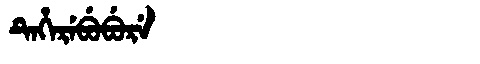
Manchu: ᡨᡝᡥᡝᡵᡝᠪᡠᠪᡠᡵᡝ
Romanization: TEHEREBUBURE